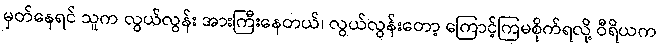
မှတ်နေရင် သူက လွယ်လွန်း အားကြီးနေတယ်၊ လွယ်လွန်းတော့ ကြောင့်ကြမစိုက်ရလို့ ဝီရိယက